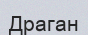
Драган